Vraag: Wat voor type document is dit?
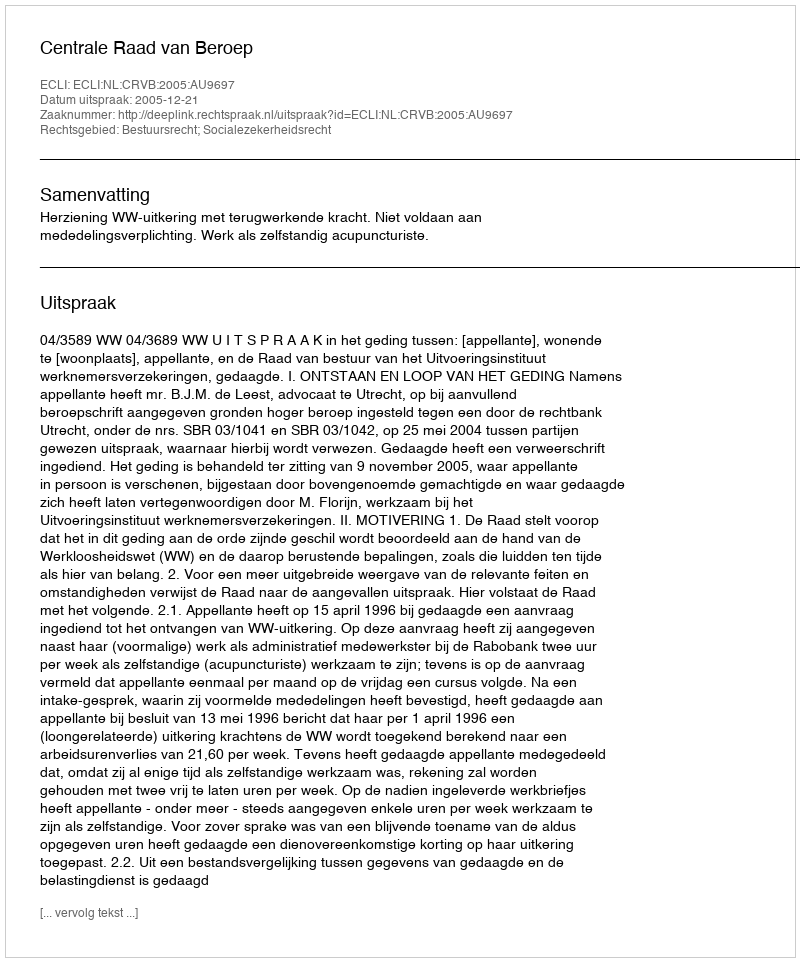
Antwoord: Uitspraak